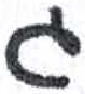
אות: ג